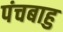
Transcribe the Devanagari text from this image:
पंचबाहु